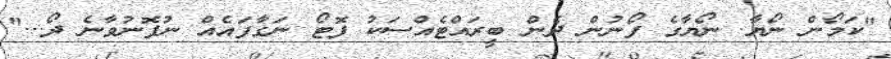
"ކަމޯން ނޯޔާ. ނޯޔާގެ ފޯނުން ދެން ބީރައްޓެއްސަކު ފޮޓޯ ނަގާފައެއް ނުފޮނުވާނެ ދޯ..."